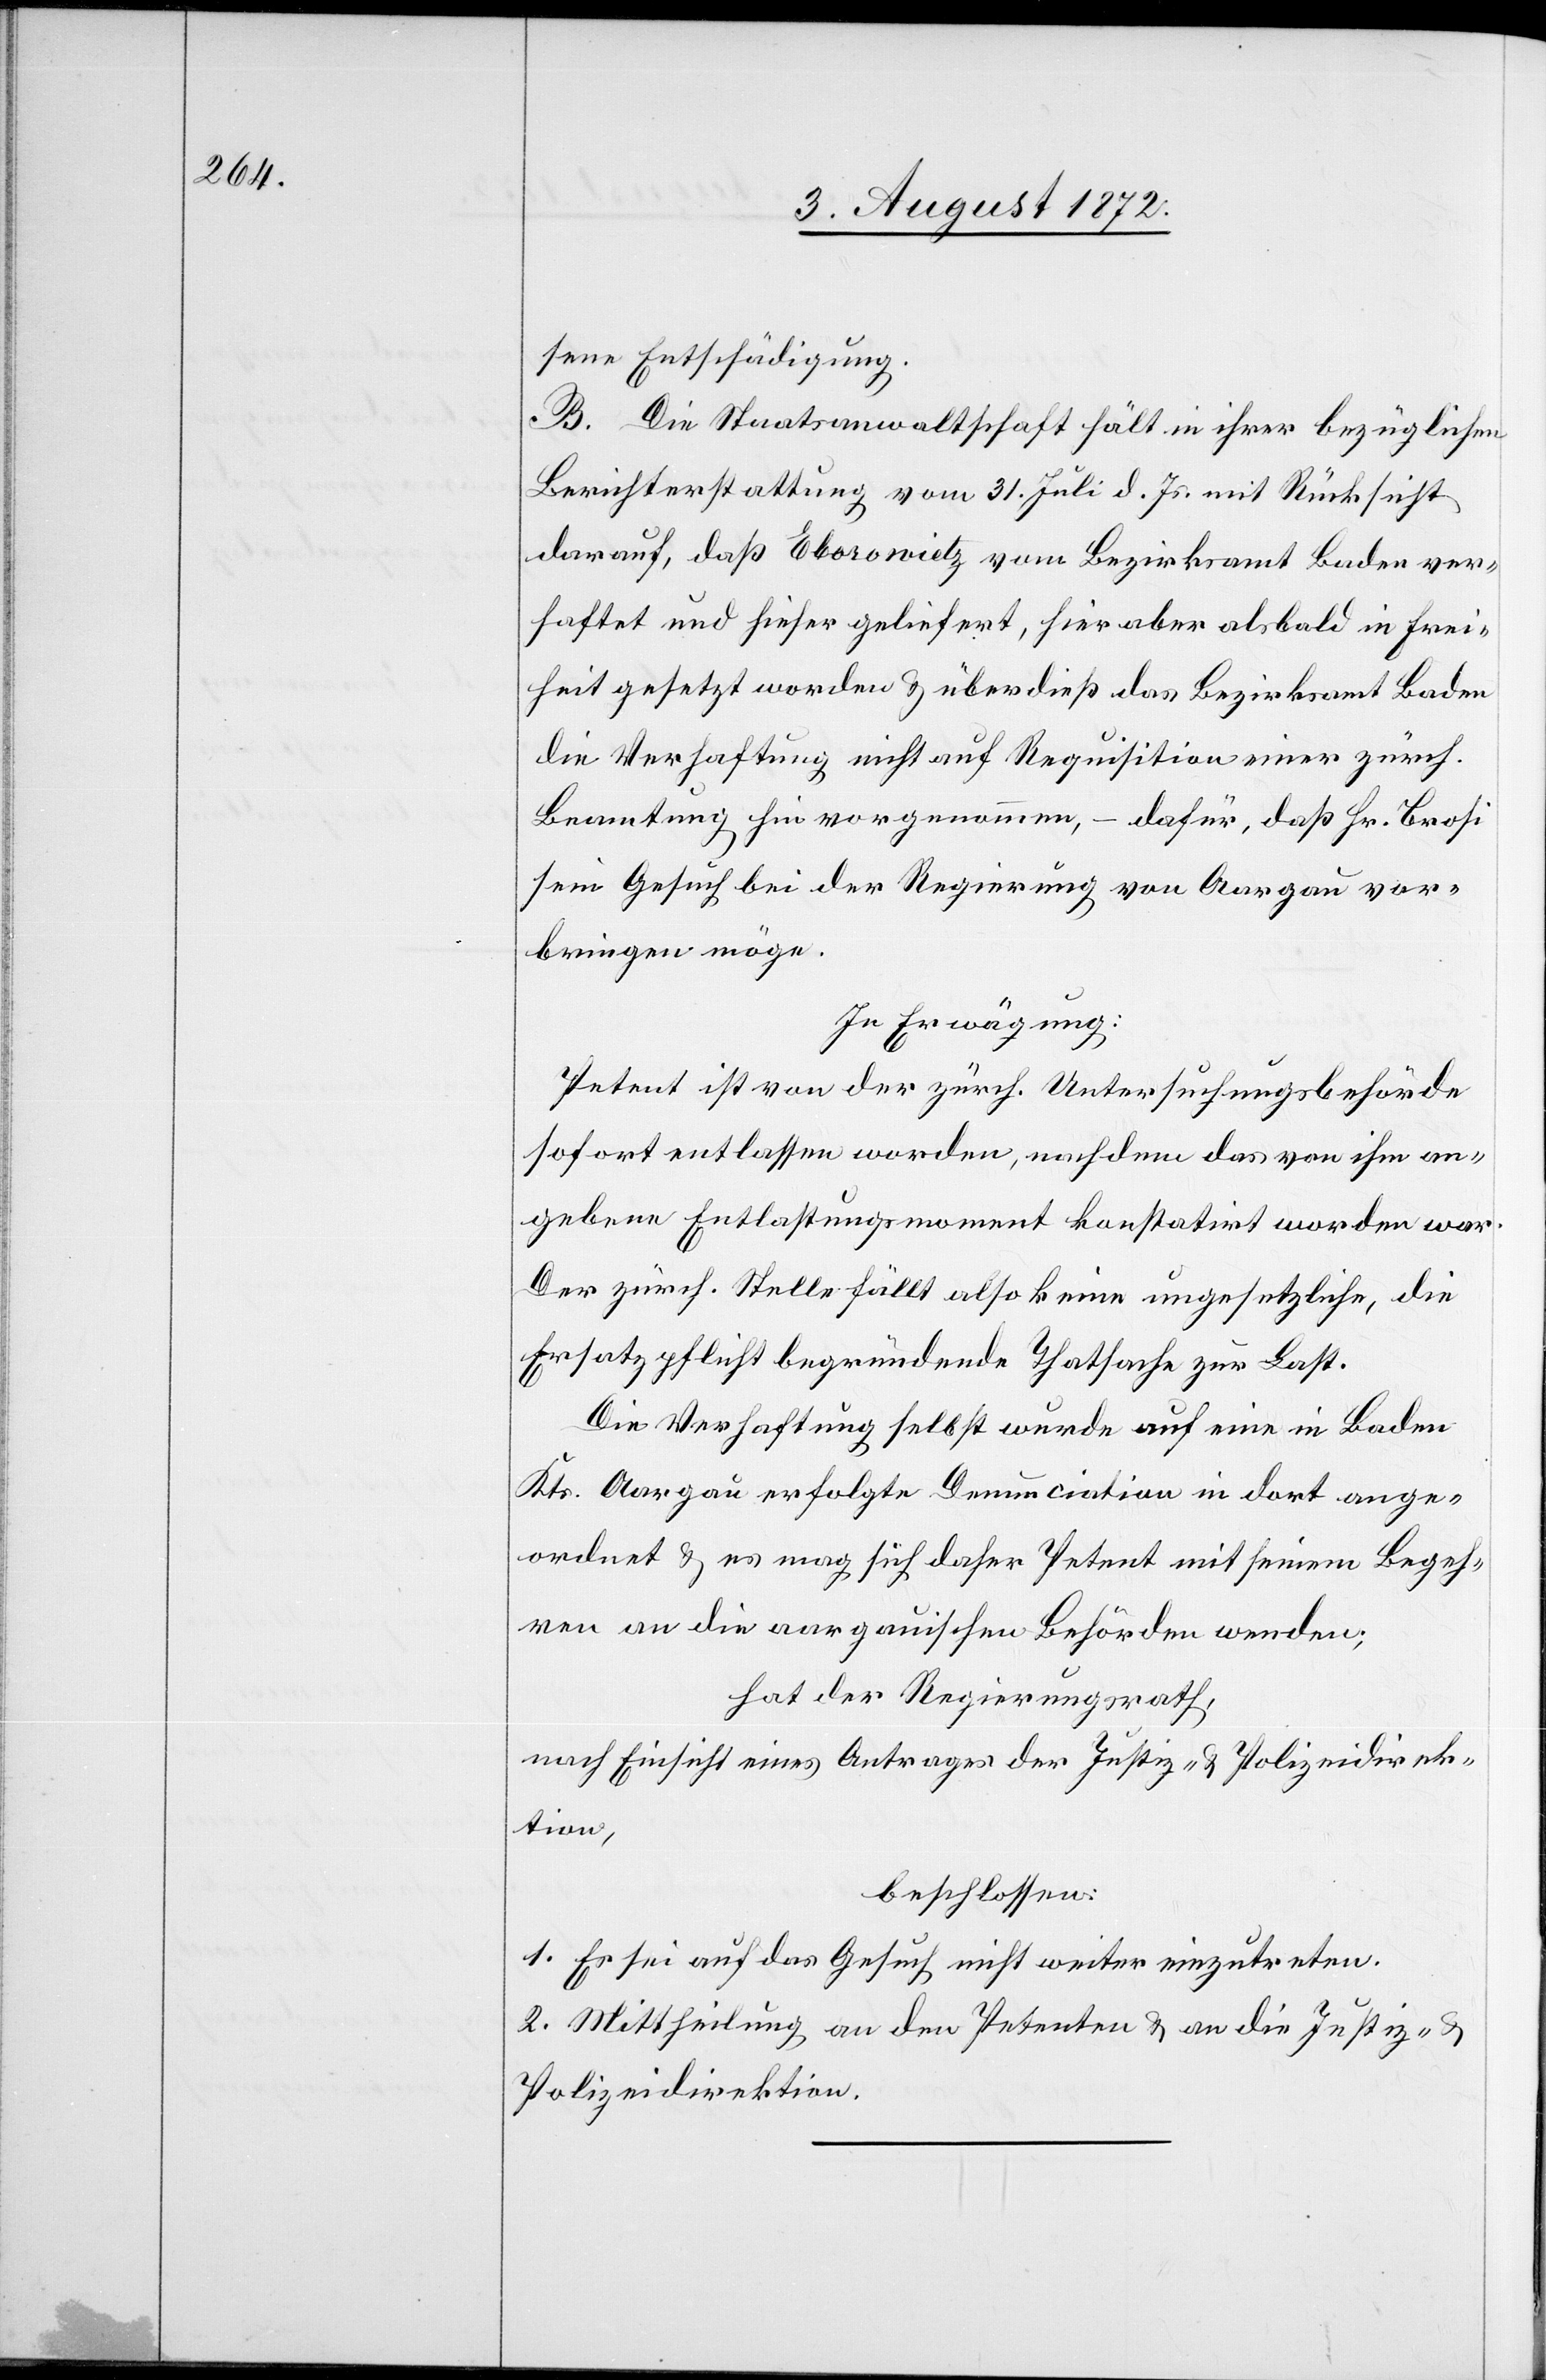
sene Entschädigung.
B. Die Staatsanwaltschaft hält in ihrer bezüglichen
Berichterstattung vom 31. Juli d. Js. mit Rücksicht
darauf, daß Eborowietz vom Bezirksamt Baden ver¬
haftet und hieher geliefert, hier aber alsbald in Frei¬
heit gesetzt worden u. überdieß das Bezirksamt Baden
die Verhaftung nicht auf Requisition einer zürch.
Beamtung hin vorgenommen, – dafür, daß Hr. Brosi
sein Gesuch bei der Regierung von Aargau vor¬
bringen möge.
In Erwägung:
Petent ist von der zürch. Untersuchungsbehörde
sofort entlassen worden, nachdem das von ihm an¬
gebene [sic!] Entlassungsmoment konstatirt worden war.
Der zürch. Stelle fällt also keine ungesetzliche, die
Ersatzpflicht begründende Thatsache zur Last.
Die Verhaftung selbst wurde auf eine in Baden
Kts. Aargau erfolgte Denunciation in dort ange¬
ordnet u. es mag sich daher Petent mit seinem Begeh¬
ren an die aargauischen Behörden wenden;
hat der Regierungsrath,
nach Einsicht eines Antrages der Justiz- u. Polizeidirek¬
tion,
beschlossen:
1. Es sei auf das Gesuch nicht weiter einzutreten.
2. Mittheilung an den Petenten u. an die Justiz- u.
Polizeidirektion.